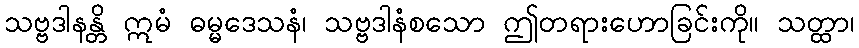
သဗ္ဗဒါနန္တိ ဣမံ ဓမ္မဒေသနံ၊ သဗ္ဗဒါနံစသော ဤတရားဟောခြင်းကို။ သတ္ထာ၊